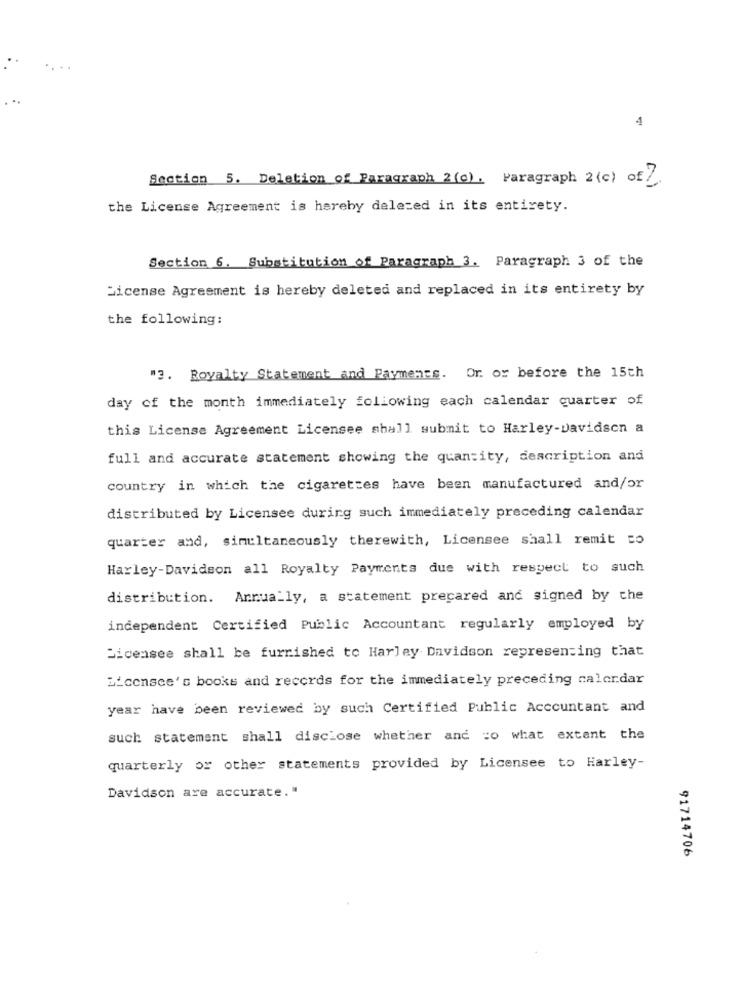
4
Section 5. Deletion of Paragraph 2(c). Paragraph 2 (c) of.
the License Agreement is hereby delezed in its entirety.
Section 6. Substitution of Paragraph 3. Paragraph 3 of the
License Agreement is hereby deleted and replaced in its entirety by
the following:
"3. Royalty Statement and Payments. Or. or before the 15th
day of the month immediately following each calendar quarter of
this License Agreement Licensee shall submit to Harley-davidson a
full and accurate statement showing the quantity, description and
country in which the cigarettes have been manufactured and/or
distributed by Licensee during such immediately preceding calendar
quarter and, simultaneously therewith, Licensee shall remit to
Harley-Davidson all Royalty Payments due with respect to such
distribution. Annually, a statement precared and signed by che
independent Certified Public Accountant regularly employed by
Licensee shall be furnished to Harley Davidson representing that
M'consce's books and records for the immediately preceding calordar
year have been reviewed by such Certified Public Accountant and
such statement shall disclose whether and co what extent the
quarterly or other statements provided by Licensee to Harley-
Davidson are accurate."
91714706